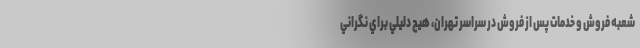
شعبه فروش و خدمات پس از فروش در سراسر تهران، هيچ دليلي براي نگراني